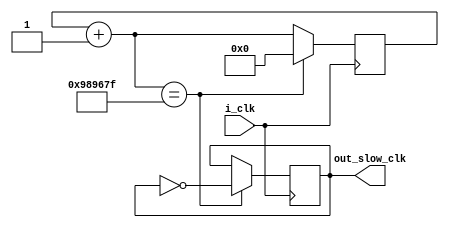
`timescale 1ns / 1ps
//////////////////////////////////////////////////////////////////////////////////
// Company: 
// Engineer: 
// 
// Design Name: 
// Module Name:    slow_clk 
// Project Name: 
// Target Devices: 
// Tool versions: 
// Description: 
//
// Dependencies: 
//
// Revision: 
// Revision 0.01 - File Created
// Additional Comments: 
//
//////////////////////////////////////////////////////////////////////////////////
module slow_clk(
    input i_clk,
    output out_slow_clk
    );
parameter DATA_WIDTH = 25 ; ///2^24 = 16_777_216 greater than 10_000_000 (10MHZ) , 
                             ///as 100MHZ is main clock and 100MHZ/5 = 20MHZ and one cycle is 10MHZ  which is
									  ///equal to 10_000_000 hence 2^24 is the approximate cnt value////
parameter count_5HZ = 10_000_000;
reg [DATA_WIDTH-1:0] reg_CNT_5HZ ;

reg Toggle_5HZ ;

always @ (posedge i_clk)
  begin 
   reg_CNT_5HZ = reg_CNT_5HZ + 1'b1 ;
               if (reg_CNT_5HZ == count_5HZ-1)
         begin
               Toggle_5HZ = ~Toggle_5HZ ;
               reg_CNT_5HZ = 0 ;
          end
           
end			  

assign out_slow_clk = Toggle_5HZ ;									  
endmodule